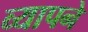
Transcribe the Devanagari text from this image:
व्यापने